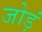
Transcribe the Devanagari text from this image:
जोड़ं